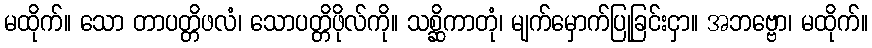
မထိုက်။ သော တာပတ္တိဖလံ၊ သောပတ္တိဖိုလ်ကို။ သစ္ဆိကာတုံ၊ မျက်မှောက်ပြုခြင်းငှာ။ အဘဗ္ဗော၊ မထိုက်။